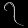
Digit: ၇